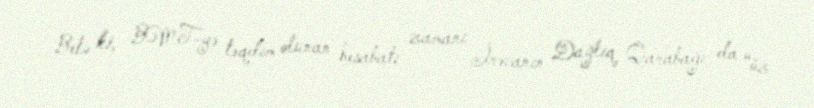
Belə ki, BMT-yə təqdim olunan hesabatı zamanı İrəvanın Dağlıq Qarabağı da “öz